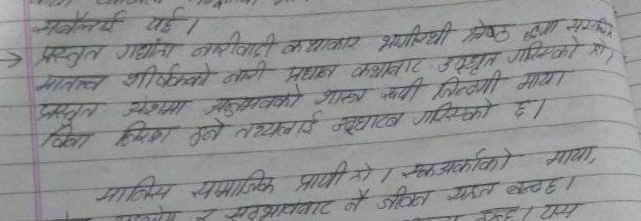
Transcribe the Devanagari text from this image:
सबैलाई यहि।
प्रस्तुत गद्यांशमा नारीवादी कथाकार भागीरथी श्रेष्ठद्वारा संकलित ‘मातृत्व' शीर्षकको नारी प्रधान कथांशबाट उद्धृत गरिएको हो।
प्रस्तुत अंशमा मनुष्यको शाश्वत रूपी जित्ने माया, किन हिँडका बुझे तथ्यलाई उजागार गरिएको छ।

मानिस सामाजिक प्राणी हो। एक अर्काको माया,
विश्वास र सदभावबाट नै जीवन सरल बन्दछ। यस